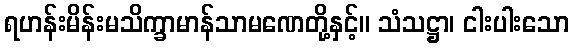
ရဟန်းမိန်းမသိက္ခာမာန်သာမဏေတို့နှင့်။ သံသဋ္ဌာ၊ ငါးပါးသော